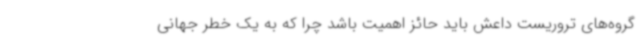
گروه‌های تروریست داعش باید حائز اهمیت باشد چرا که به یک خطر جهانی